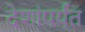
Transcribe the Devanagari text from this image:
देशांपर्यंत